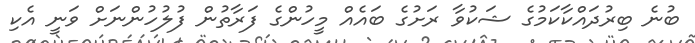
ބުނެ ބިރުދައްކާކަމުގެ ޝަކުވާ ރަށުގެ ބައެއް މީހުންގެ ފަރާތުން ފުލުހުންނަށް ވަނީ އެކި